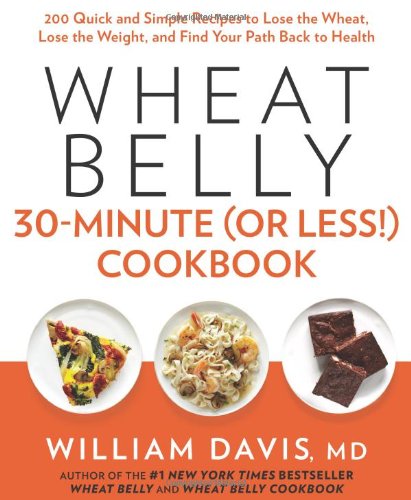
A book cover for Wheat Belly 30-Minute (Or Less!) Cookbook: 200 Quick and Simple Recipes to Lose the Wheat, Lose the Weight, and Find Your Path Back to Health; William Davis; Cookbooks, Food & Wine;